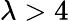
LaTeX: \lambda>4